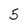
Character: 5